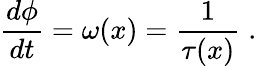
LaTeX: \frac{d\phi}{dt}=\omega(x)=\frac{1}{\tau(x)}\; .